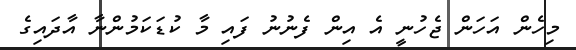
މިހެން އަހަން ޖެހުނީ އެ އިން ފެނުނު ފައި މާ ކުޑަކަމުންނާ އާދައިގެ